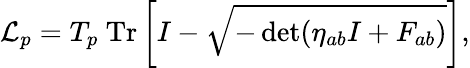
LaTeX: {\cal L}_{p}=T_{p}~\mathrm{Tr}\left[I-\sqrt{-\operatorname*{det}(\eta_{ab}I+F_{ab})}\right],